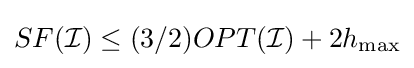
SF({\mathcal {I}})\leq (3/2)OPT({\mathcal {I}})+2h_{\max }